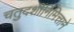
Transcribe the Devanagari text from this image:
चतुदर्शीनिमित्ताने